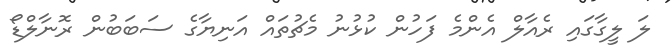
ލަ ލީގާގައި ރެއާލް އެންމެ ފަހުން ކުޅުނު މެޗުތައް އަނިޔާގެ ސަބަބުން ރޮނާލްޑޯ